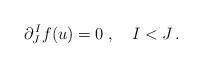
LaTeX: \begin{align*} \partial^{\,I}_J f(u) = 0\;, \quad I<J\,.\end{align*}